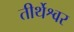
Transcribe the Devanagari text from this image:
तीर्थेश्वर